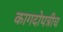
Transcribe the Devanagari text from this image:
कागदोपत्रीच